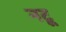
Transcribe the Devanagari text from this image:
नटू